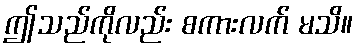
ဤသည်ကိုလည်း စကားလက် မသိ။